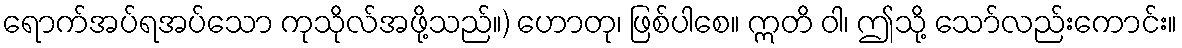
ရောက်အပ်ရအပ်သော ကုသိုလ်အဖို့သည်။) ဟောတု၊ ဖြစ်ပါစေ။ ဣတိ ဝါ၊ ဤသို့ သော်လည်းကောင်း။